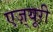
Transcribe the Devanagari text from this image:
एज़्यूरी